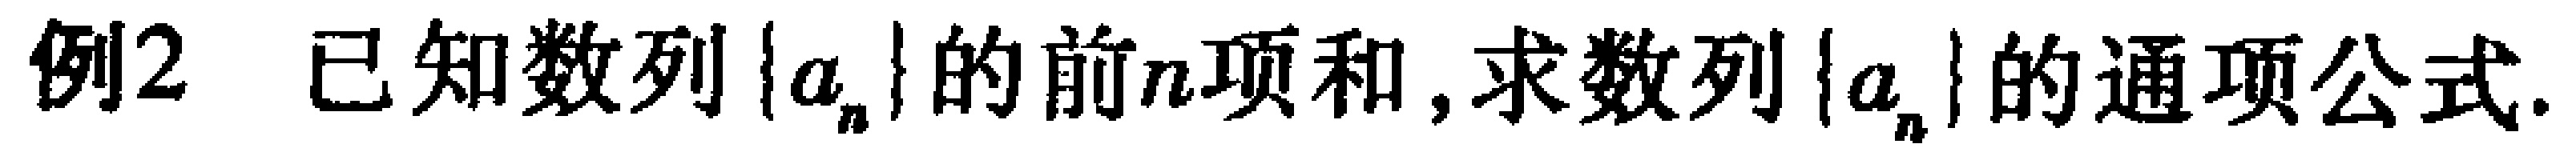
例2 已知数列\(\{a_{n}\}\)的前\(n\)项和,求数列\(\{a_{n}\}\)的通项公式.